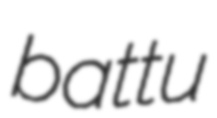
battu